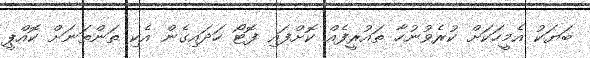
ބަޔަކު އެމީހަކަށް ކުރެވުނުހާ ތައުރީފެއް ކޮށްފައި ފޮޓޯ ހަދައިގެން އެކި ތަންތަނަށް ކޮއްޕީ